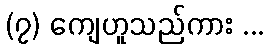
(၇) ကျေဟူသည်ကား ...